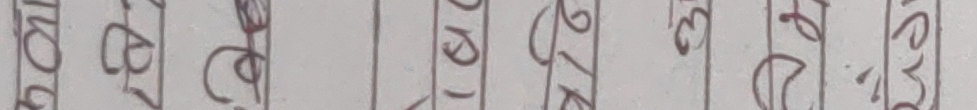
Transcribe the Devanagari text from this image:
नो ब ई श रू ३ च सि . य ड स रू ट र म ग ए स रू ट न न